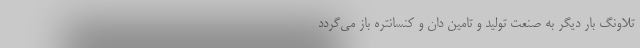
تلاونگ بار دیگر به صنعت تولید و تامین دان و کنسانتره باز می‌گردد